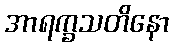
အာရက္ခသတိနော